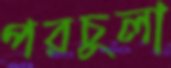
পরচুলা